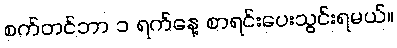
စက်တင်ဘာ ၁ ရက်နေ့ စာရင်းပေးသွင်းရမယ်။